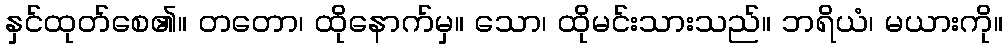
နှင်ထုတ်စေ၏။ တတော၊ ထိုနောက်မှ။ သော၊ ထိုမင်းသားသည်။ ဘရိယံ၊ မယားကို။